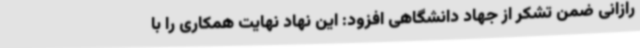
رازانی ضمن تشکر از جهاد دانشگاهی افزود: این نهاد نهایت همکاری را با